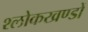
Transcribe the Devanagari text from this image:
श्लोकखण्डों